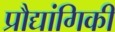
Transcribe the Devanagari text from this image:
प्रौद्यांगिकी